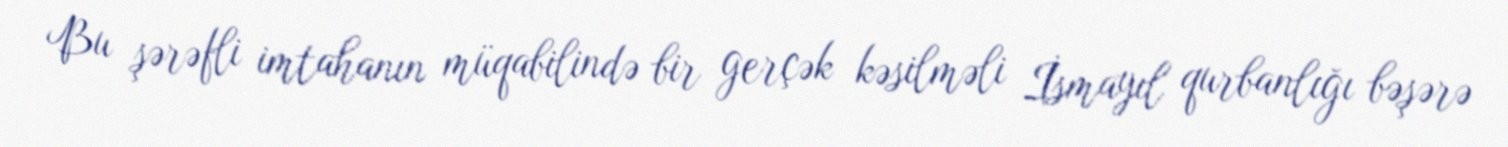
Bu şərəfli imtahanın müqabilində bir gerçək kəsilməli İsmayıl qurbanlığı bəşərə